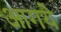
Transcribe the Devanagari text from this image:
आगये